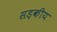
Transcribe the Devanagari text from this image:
सड़कीय